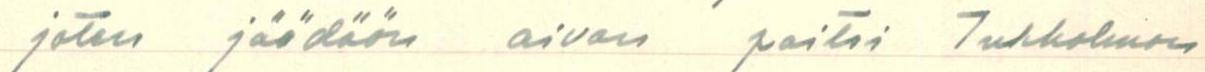
joten jäädään aivan paitsi Tukholman